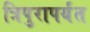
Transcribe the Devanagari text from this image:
त्रिपुरापर्यंत